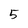
Character: 5